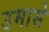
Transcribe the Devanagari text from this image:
उमासे